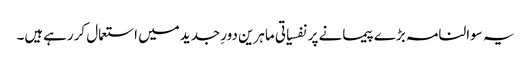
یہ سوالنامہ بڑے پیمانے پر نفسیاتی ماہرین دورِ جدیدمیں استعمال کررہےہیں۔